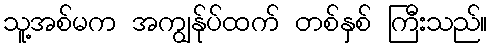
သူ့အစ်မက အကျွန်ုပ်ထက် တစ်နှစ် ကြီးသည်။